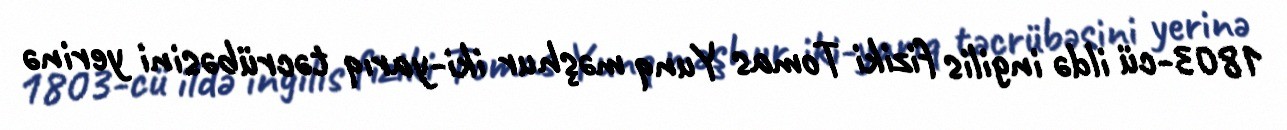
1803-cü ildə ingilis fiziki Tomas Yunq məşhur iki-yarıq təcrübəsini yerinə